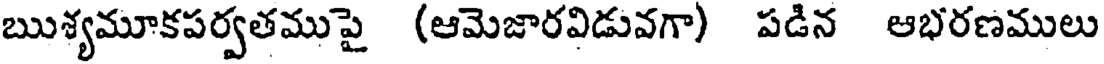
ఋశ్యమూకపర్వతముపై (ఆమెజారవిడువగా) పడిన ఆభరణములు